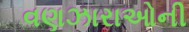
વણઝારાઓની